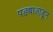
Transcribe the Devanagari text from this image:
पडद्याआडून